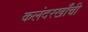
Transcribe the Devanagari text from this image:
कलंदरखाँची